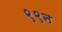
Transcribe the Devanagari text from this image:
९९न